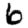
Digit: 6